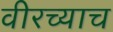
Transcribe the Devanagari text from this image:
वीरच्याच